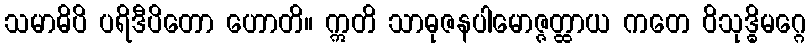
သမာဓိပိ ပရိဒီပိတော ဟောတိ။ ဣတိ သာဓုဇနပါမောဇ္ဇတ္ထာယ ကတေ ဝိသုဒ္ဓိမဂ္ဂေ